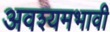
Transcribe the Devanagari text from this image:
अवश्यमभावी